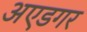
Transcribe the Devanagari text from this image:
अएडगर